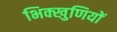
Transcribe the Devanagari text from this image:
भिक्खुणियों